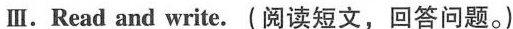
Ⅲ.Read and write.(阅读短文,回答问题.)